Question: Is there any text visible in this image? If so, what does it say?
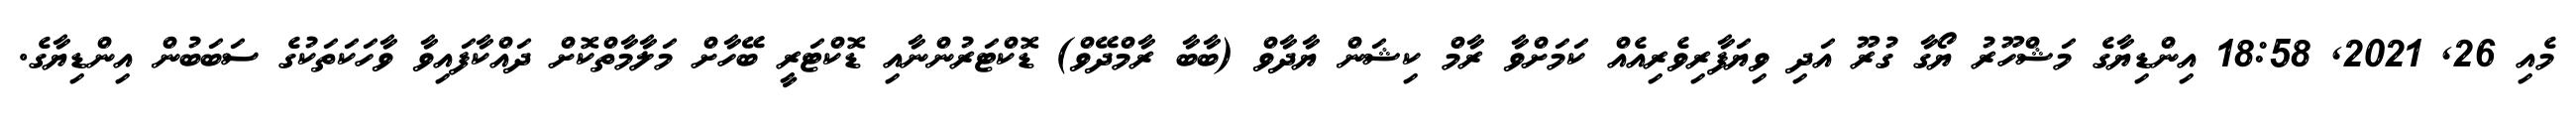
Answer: މެއި 26, 2021, 18:58 އިންޑިޔާގެ މަޝްހޫރު ޔޯގާ ގުރޫ އަދި ވިޔަފާރިވެރިއެއް ކަމަށްވާ ރާމް ކިޝަން ޔާދާވް (ބާބާ ރާމްދޭވް) ޑޮކްޓަރުންނާއި ޑޮކްޓަރީ ބޭހާށް މަލާމާތްކޮށް ދައްކާފައިވާ ވާހަކަތަކުގެ ސަބަބުން އިންޑިޔާގެ.